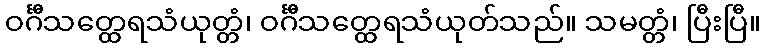
ဝင်္ဂီသတ္ထေရသံယုတ္တံ၊ ဝင်္ဂီသတ္ထေရသံယုတ်သည်။ သမတ္တံ၊ ပြီးပြီ။